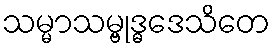
သမ္မာသမ္ဗုဒ္ဓဒေသိတေ